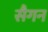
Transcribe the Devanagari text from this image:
सैगन